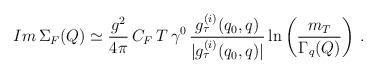
LaTeX: \begin{align*}Im \, \Sigma_F (Q) \simeq \frac{g^2}{4 \pi} \, C_F \, T \, \gamma^0 \, \frac{g_\tau^{(i)} (q_0, q)}{|g_\tau^{(i)} (q_0, q)|} \ln \left( \frac{m_T}{\Gamma_q (Q)} \right) \, . \end{align*}